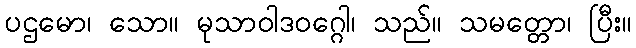
ပဌမော၊ သော။ မုသာဝါဒဝဂ္ဂေါ၊ သည်။ သမတ္တော၊ ပြီး။